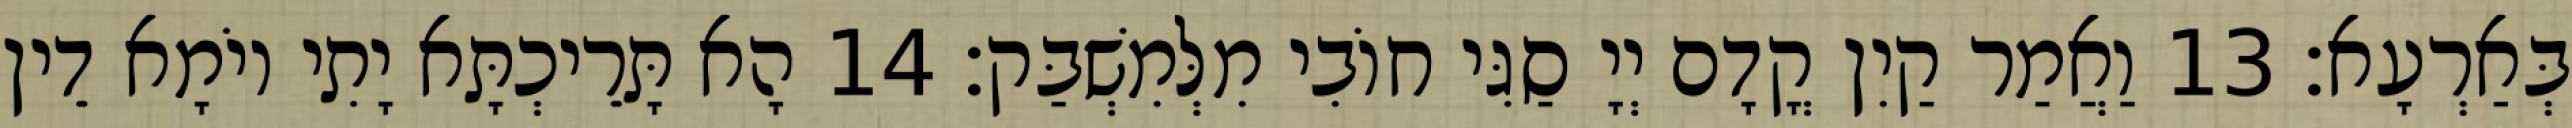
בְּאַרְעָא׃ 13 וַאֲמַר קַיִן קֳדָם יְיָ סַגִּי חוֹבִי מִלְּמִשְׁבַּק׃ 14 הָא תָּרֵיכְתָּא יָתִי יוֹמָא דֵין